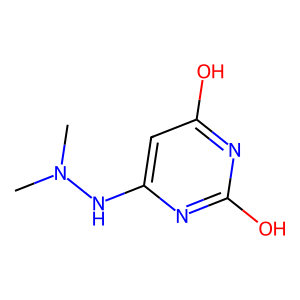
SMILES: CN(C)Nc1cc(O)nc(O)n1
Inhibits HIV replication: No